Report on vaccination North-West Frontier Province 1904-1922 - 1904-1922
Year: 1904
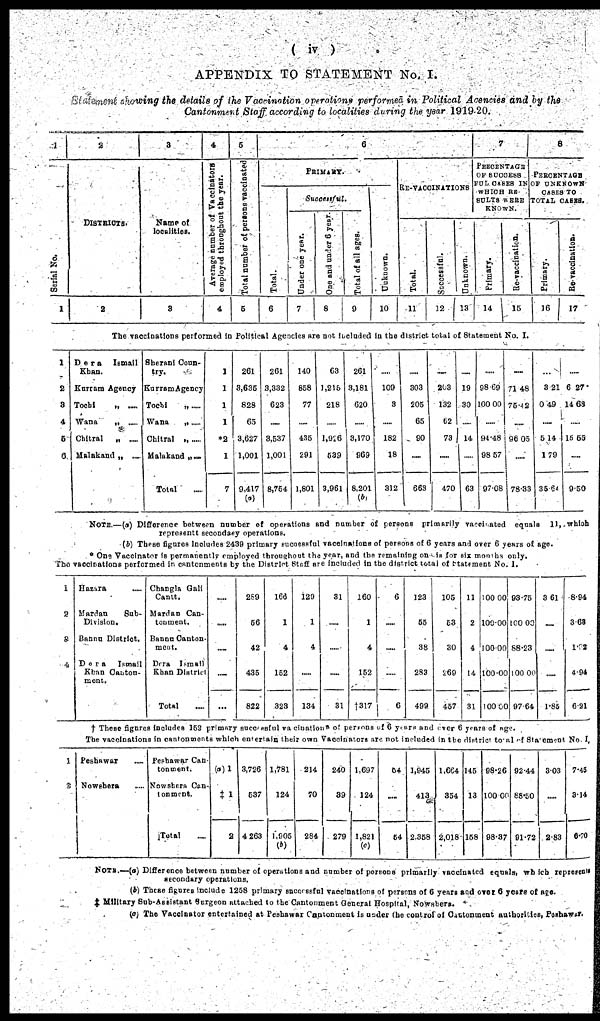
( iv )
APPENDIX TO STATEMENT No. I.
Statement showing the details of the Vaccination operations performed in Political Agencies and by the
Cantonment Staff according to localities during the year 1919-20.
1
Serial No.
1
2
DISTRICTS.
2
3
Name of
localities.
3
4
Average number of Vaccinators
employed throughout the year.
4
5
Total number of persons vaccinated
5
6
PRIMARY.
Total.
6
Successful.
Under one year.
7
One and under
6 year.
8
Total of all ages.
9
Unknown.
10
RE-VACCINATIONS
Total.
11
Successful.
12
Unknown.
13
7
PERCENTAGE
OF SUCCESS
FUL CASES IN
WHICH RE¬
SULTS WERE
KNOWN.
Primary.
14
Re-vaccination.
15
8
PERCENTAGE
OF UNKNOWN
CASES TO
TOTAL CASES.
Primary.
16
Re-vaccination.
17
The vaccinations performed in Political Agencies are not included in the district total of Statement No. I.
1
2
3
4
5
6
Dera
Ismail
Khan.
Kurram Agency
Tochi
„ ...
Wana
„ ...
Chitral
„ ...
Malakand „ ...
Sherani Coun-
try.
Kurram Agency
Tochi
„ ...
Wana
„ ...
Chitral „ ...
Malakand „ ...
Total ...
1
1
1
1
*2
1
7
261
3,635
828
65
3,627
1,001
9,417
(a)
261
3,332
623
...
3,537
1,001
8,754
140
858
77
...
435
291
1,801
63
1,215
218
...
1,926
539
3,961
261
3,181
620
. . .
3,170
969
8,201
(b)
. . .
109
3
...
182
18
312
...
303
205
65
90
...
663
...
203
132
62
73
...
470
...
19
30
...
14
...
63
...
98.69
100.00
...
94.48
98.57
97.08
...
71.48
75.4 2
...
96.05
...
78.33
...
8.21
0.49
...
5.14
1.79
35.64
...
6.27
14.63
...
15.55
...
9.50
NOTE.—(a) Difference between number of operations and number of persons primarily vaccinated equals 11, which
represents secondary operations.
(b) These figures includes 2439 primary successful vaccinations of persons of 6 years and over 6 years of age.
* One Vaccinator is permanently employed throughout the year, and the remaining one is for six months only.
The vaccinations performed in cantonments by the District Staff are included in the district total of Statement No. I.
1
2
3
4
Hazara ...
Mardan
Sub-
Division.
Bannu District.
Dera
Ismail
Khan Canton¬
ment.
Changla Gali
Cantt.
Mardan Can-
tonment.
Bannu Canton¬
ment.
Dera Ismail
Khan District
Total ...
...
...
...
...
...
289
56
42
435
822
l66
1
4
152
323
129
1
4
...
134
31
...
...
...
31
160
1
4
152
†317
6
...
...
...
6
123
55
38
283
499
105
53
30
260
457
11
2
4
14
31
100.00
100.00
100.00
100.00
100.00
93.75
100.00
88.23
100.00
97.64
3.61
...
...
...
1.85
8.94
3.63
1.02
4.94
6.21
† These figures includes 152 primary successful vaccinations of persons of 6 years and over 6 years of age.
The vaccinations in cantonments which entertain their own Vaccinators are not included in the district total of Statement No I.
1
2
Peshawar ...
Nowshera ...
Peshawar Can¬
tonment.
Nowshera Can¬
tonment.
Total ...
(a)1
‡1
2
3,726
537
4,263
1,781
124
1,905
(b)
214
70
284
240
39
279
1,697
124
1,821
(c)
54
...
54
1,945
413
2,358
1,664
354
2,018
145
13
158
98.26
100.00
98.37
92.44
88.50
91.72
3.03
...
2.83
7.45
3.14
6.70
NOTE.—(a) Difference between number of operations and number of persons primarily vaccinated equals, which represents
secondary operations.
(b) These figures include 1258 primary successful vaccinations of persons of 6 years and over 6 years of age.
‡ Military Sub-Assistant Surgeon attached to the Cantonment General Hospital, Nowshera.
(c) The Vaccinator entertained at Peshawar Cantonment is under the control of Cantonment authorities, Peshawar.